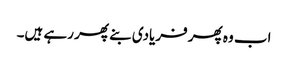
اب وہ پھر فریادی بنے پھر رہے ہیں۔